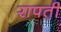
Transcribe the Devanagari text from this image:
रापती